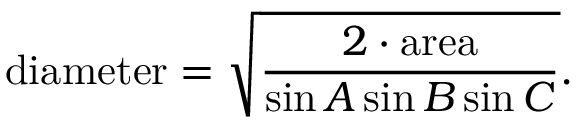
{ \mathrm { d i a m e t e r } } = { \sqrt { \frac { 2 \cdot { \mathrm { a r e a } } } { \sin A \sin B \sin C } } } .